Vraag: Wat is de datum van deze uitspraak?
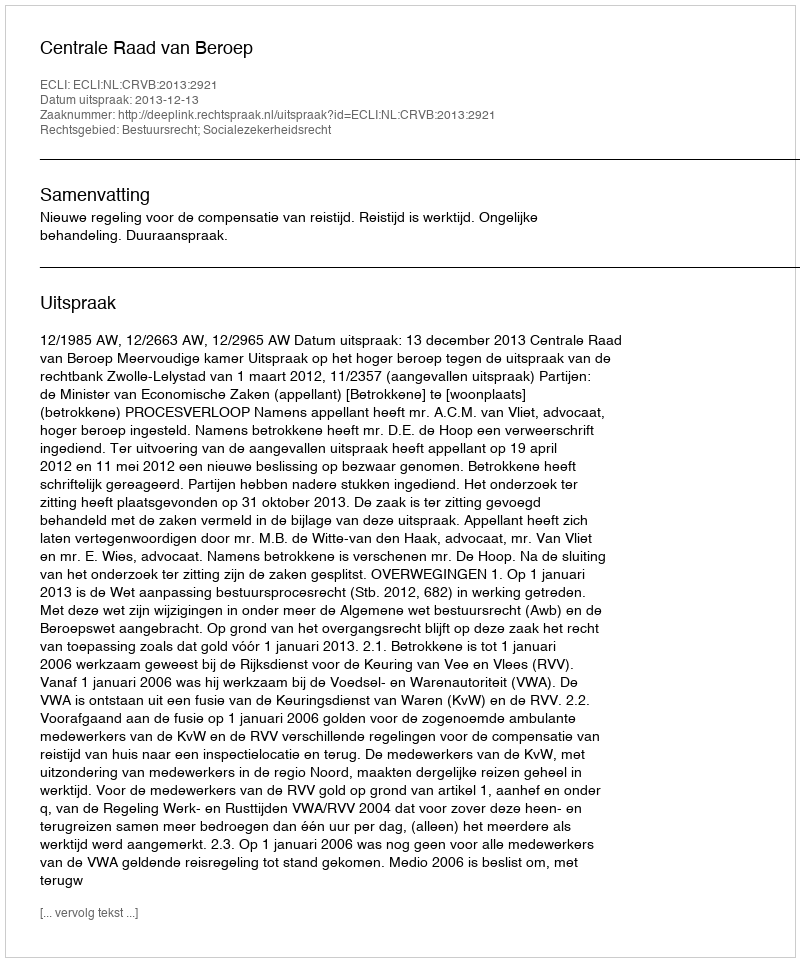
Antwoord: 2013-12-13